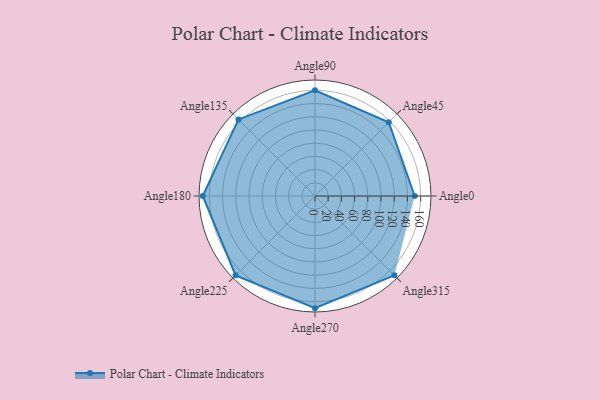
{"axis": {"x": "Angle", "y": "Radius"}, "legend": [""], "data": [{"x": "Angle0", "y": 151.0, "type": ""}, {"x": "Angle45", "y": 158.0, "type": ""}, {"x": "Angle90", "y": 160.0, "type": ""}, {"x": "Angle135", "y": 164.0, "type": ""}, {"x": "Angle180", "y": 170, "type": ""}, {"x": "Angle225", "y": 170, "type": ""}, {"x": "Angle270", "y": 170, "type": ""}, {"x": "Angle315", "y": 170, "type": ""}]}